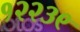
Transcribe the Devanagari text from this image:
१२२३९